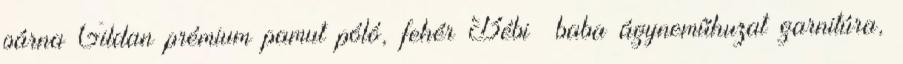
párna Gildan prémium pamut póló, fehér Bébi baba ágyneműhuzat garnitúra,